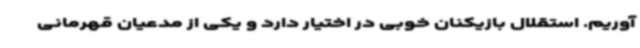
آوریم. استقلال بازیکنان خوبی در اختیار دارد و یکی از مدعیان قهرمانی